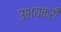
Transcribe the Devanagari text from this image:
उभयकरी